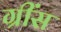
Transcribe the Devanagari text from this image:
ग्रींस